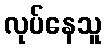
လုပ်နေသူ